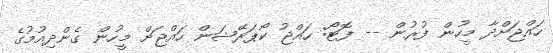
ހައްޖަށްދާ މީހުން ފުރުން -- ފޮޓޯ: ހައްޖު ކޯޕަރޭޝަން ހައްޖަށް މީހުން ގެންދިއުމުގެ